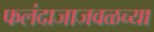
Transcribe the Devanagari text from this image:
फलंदाजाजवळच्या